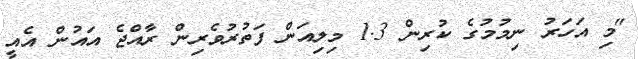
"މި އަހަރު ނިމުމުގެ ކުރިން 1.3 މިލިއަން ފަތުރުވެރިން ރާއްޖެ އައުން އެއީ